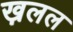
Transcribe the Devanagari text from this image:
ख़लल